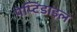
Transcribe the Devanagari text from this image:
पेप्टिडाइल